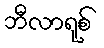
ဘီလာရုစ်